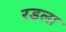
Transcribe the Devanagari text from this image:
रडला